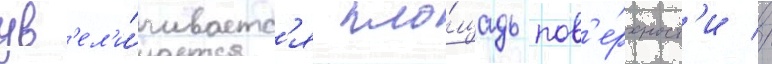
ув'ел'и́чиваетс'я пло́щадь пов'е́рхност'и //